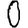
Digit: 0